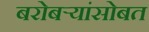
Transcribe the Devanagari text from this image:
बरोबर्‍यांसोबत